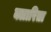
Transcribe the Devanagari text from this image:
क्लारिता